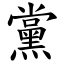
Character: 黨